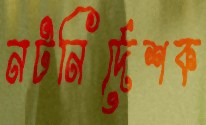
নটনির্দেশক